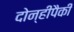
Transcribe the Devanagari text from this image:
दोन्हीपैकी